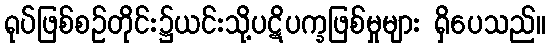
ရုပ်ဖြစ်စဉ်တိုင်း၌ယင်းသို့ပဋိပက္ခဖြစ်မှုများ ရှိပေသည်။